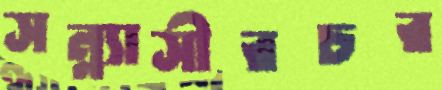
সন্ন্যাসীরচর